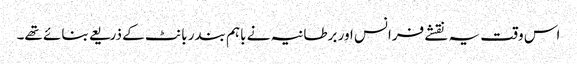
اس وقت یہ نقشے فرانس اور برطانیہ نے باہم بندر بانٹ کے ذریعے بنائے تھے۔